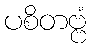
ပစိတဗ္ဗံ